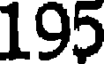
195